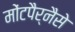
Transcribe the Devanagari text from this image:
मोंटपैर्नैसे